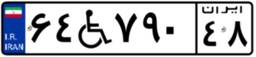
۶۴W۷۹۰۴۸